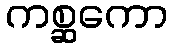
ကစ္ဆကော